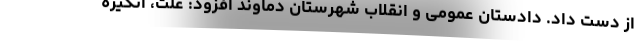
از دست داد. دادستان عمومی و انقلاب شهرستان دماوند افزود: علت، انگیزه